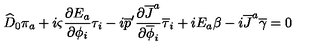
\widehat { D } _ { 0 } \pi _ { a } + i \varsigma { \frac { \partial E _ { a } } { \partial \phi _ { i } } } \tau _ { i } - i \overline { { p } } ^ { \prime } { \frac { \partial \overline { { J } } ^ { a } } { \partial \overline { { \phi } } _ { i } } } \overline { { \tau } } _ { i } + i E _ { a } \beta - i \overline { { J } } ^ { a } \overline { { \gamma } } = 0